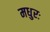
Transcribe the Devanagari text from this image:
मधुरः